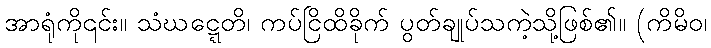
အာရုံကို၎င်း။ သံဃဋ္ဋေတိ၊ ကပ်ငြိထိခိုက် ပွတ်ချုပ်သကဲ့သို့ဖြစ်၏။ (ကိမိဝ၊